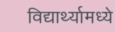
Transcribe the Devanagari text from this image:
विद्यार्थ्यामध्ये